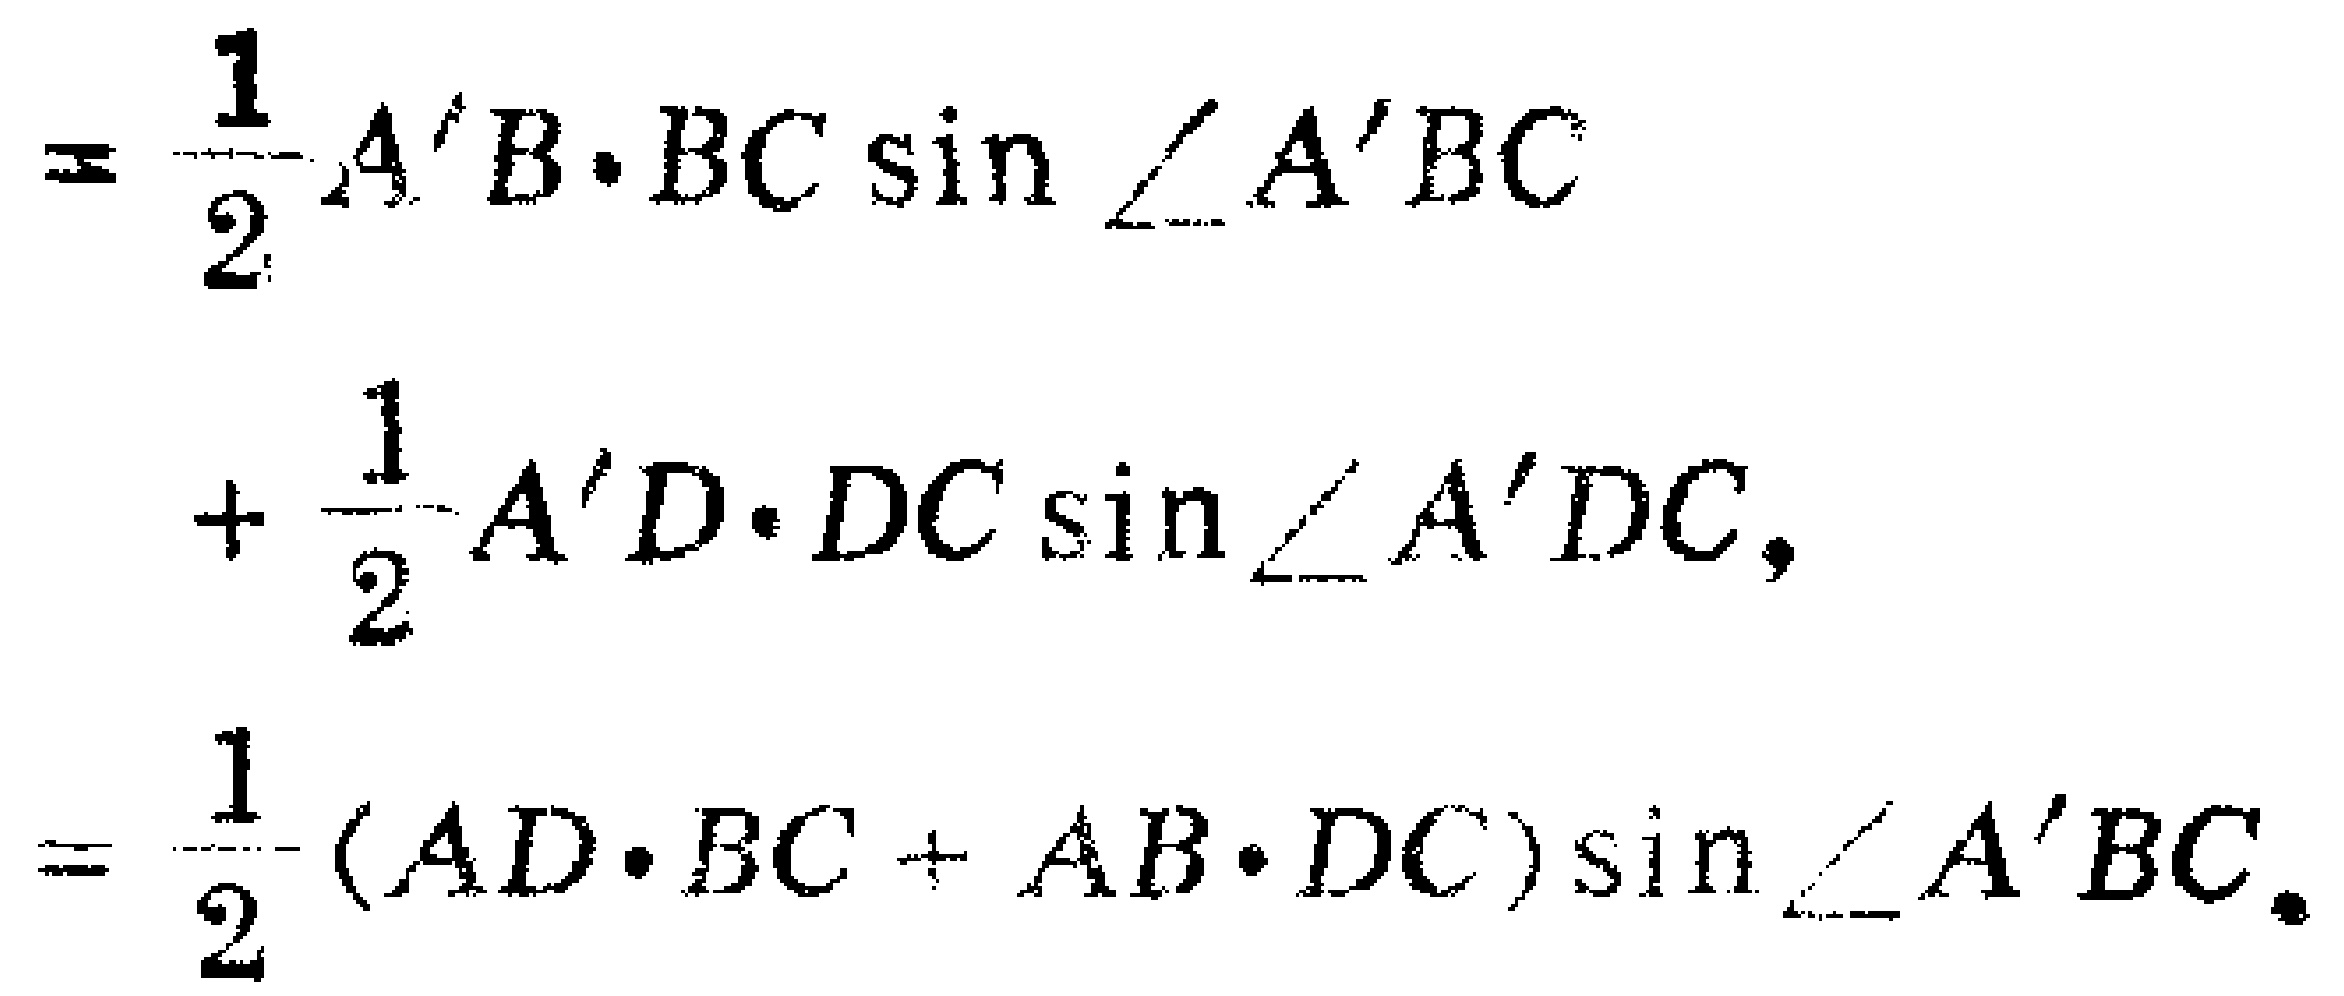
\[
\begin{align*}
&=\frac{1}{2}A'B\cdot BC\sin\angle A'BC\\
&+\frac{1}{2}A'D\cdot DC\sin\angle A'DC,\\
&=\frac{1}{2}(AD\cdot BC + AB\cdot DC)\sin\angle A'BC.
\end{align*}
\]